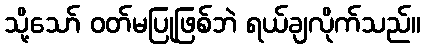
သို့သော် ဝတ်မပြုဖြစ်ဘဲ ရယ်ချလိုက်သည်။